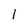
Character: 1